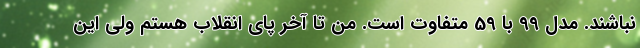
نباشند. مدل 99 با 59 متفاوت است. من تا آخر پای انقلاب هستم ولی این